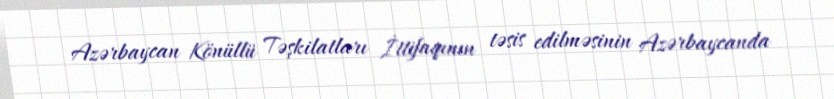
Azərbaycan Könüllü Təşkilatları İttifaqının təsis edilməsinin Azərbaycanda